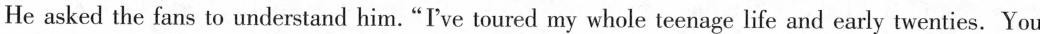
He asked the fans to understand him.“I've toured my whole teenage life and early twenties. You